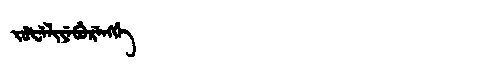
Manchu: ᠵᡠᡶᡝᠯᡳᠶᡝᠪᡠᡵᡝᠩᡤᡝ
Romanization: JUFELIYEBURENGGE